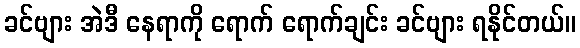
ခင်ဗျား အဲဒီ နေရာကို ရောက် ရောက်ချင်း ခင်ဗျား ရနိုင်တယ်။